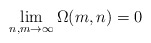
\begin{align*} \lim_{n,m\rightarrow \infty}\Omega(m,n)=0\end{align*}